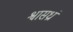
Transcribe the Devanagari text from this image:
श्वासध्रां